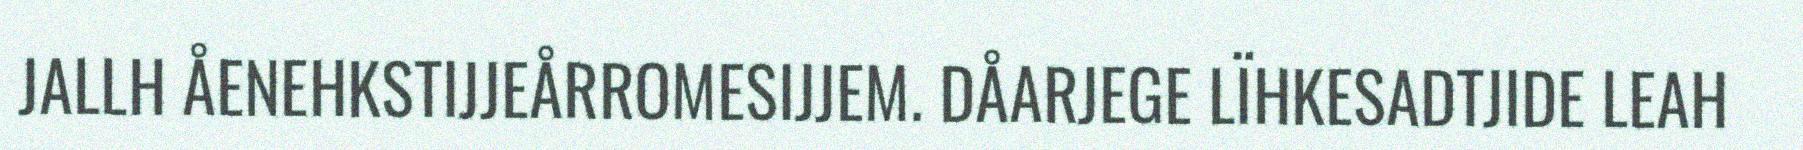
JALLH ÅENEHKSTIJJEÅRROMESIJJEM. DÅARJEGE LÏHKESADTJIDE LEAH